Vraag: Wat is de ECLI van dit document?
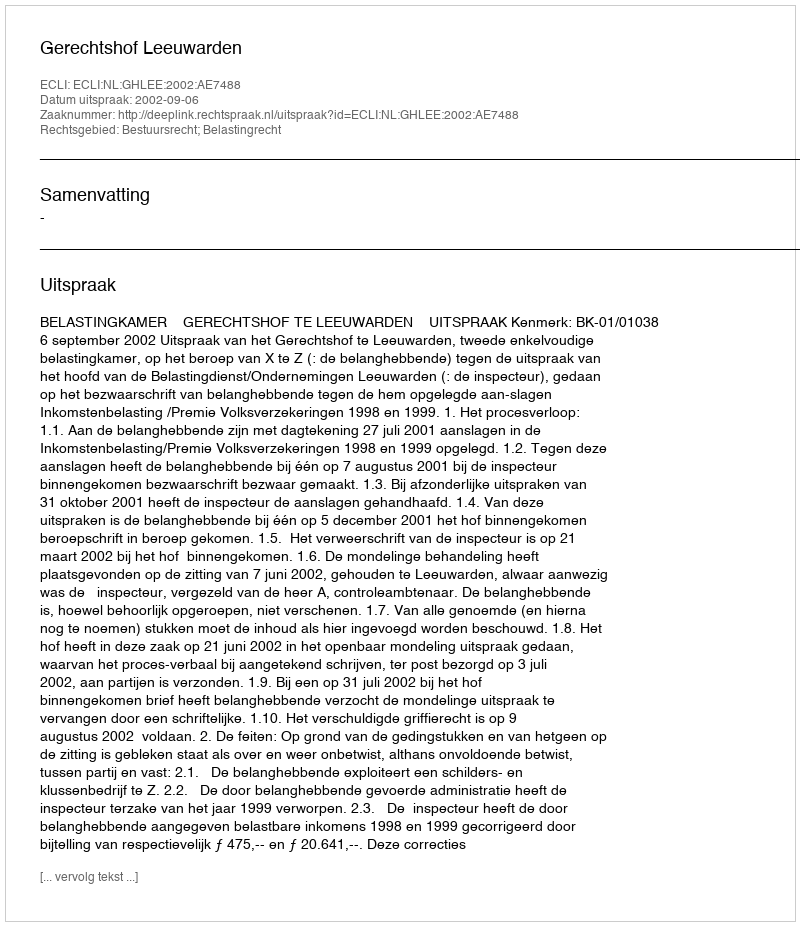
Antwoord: ECLI:NL:GHLEE:2002:AE7488